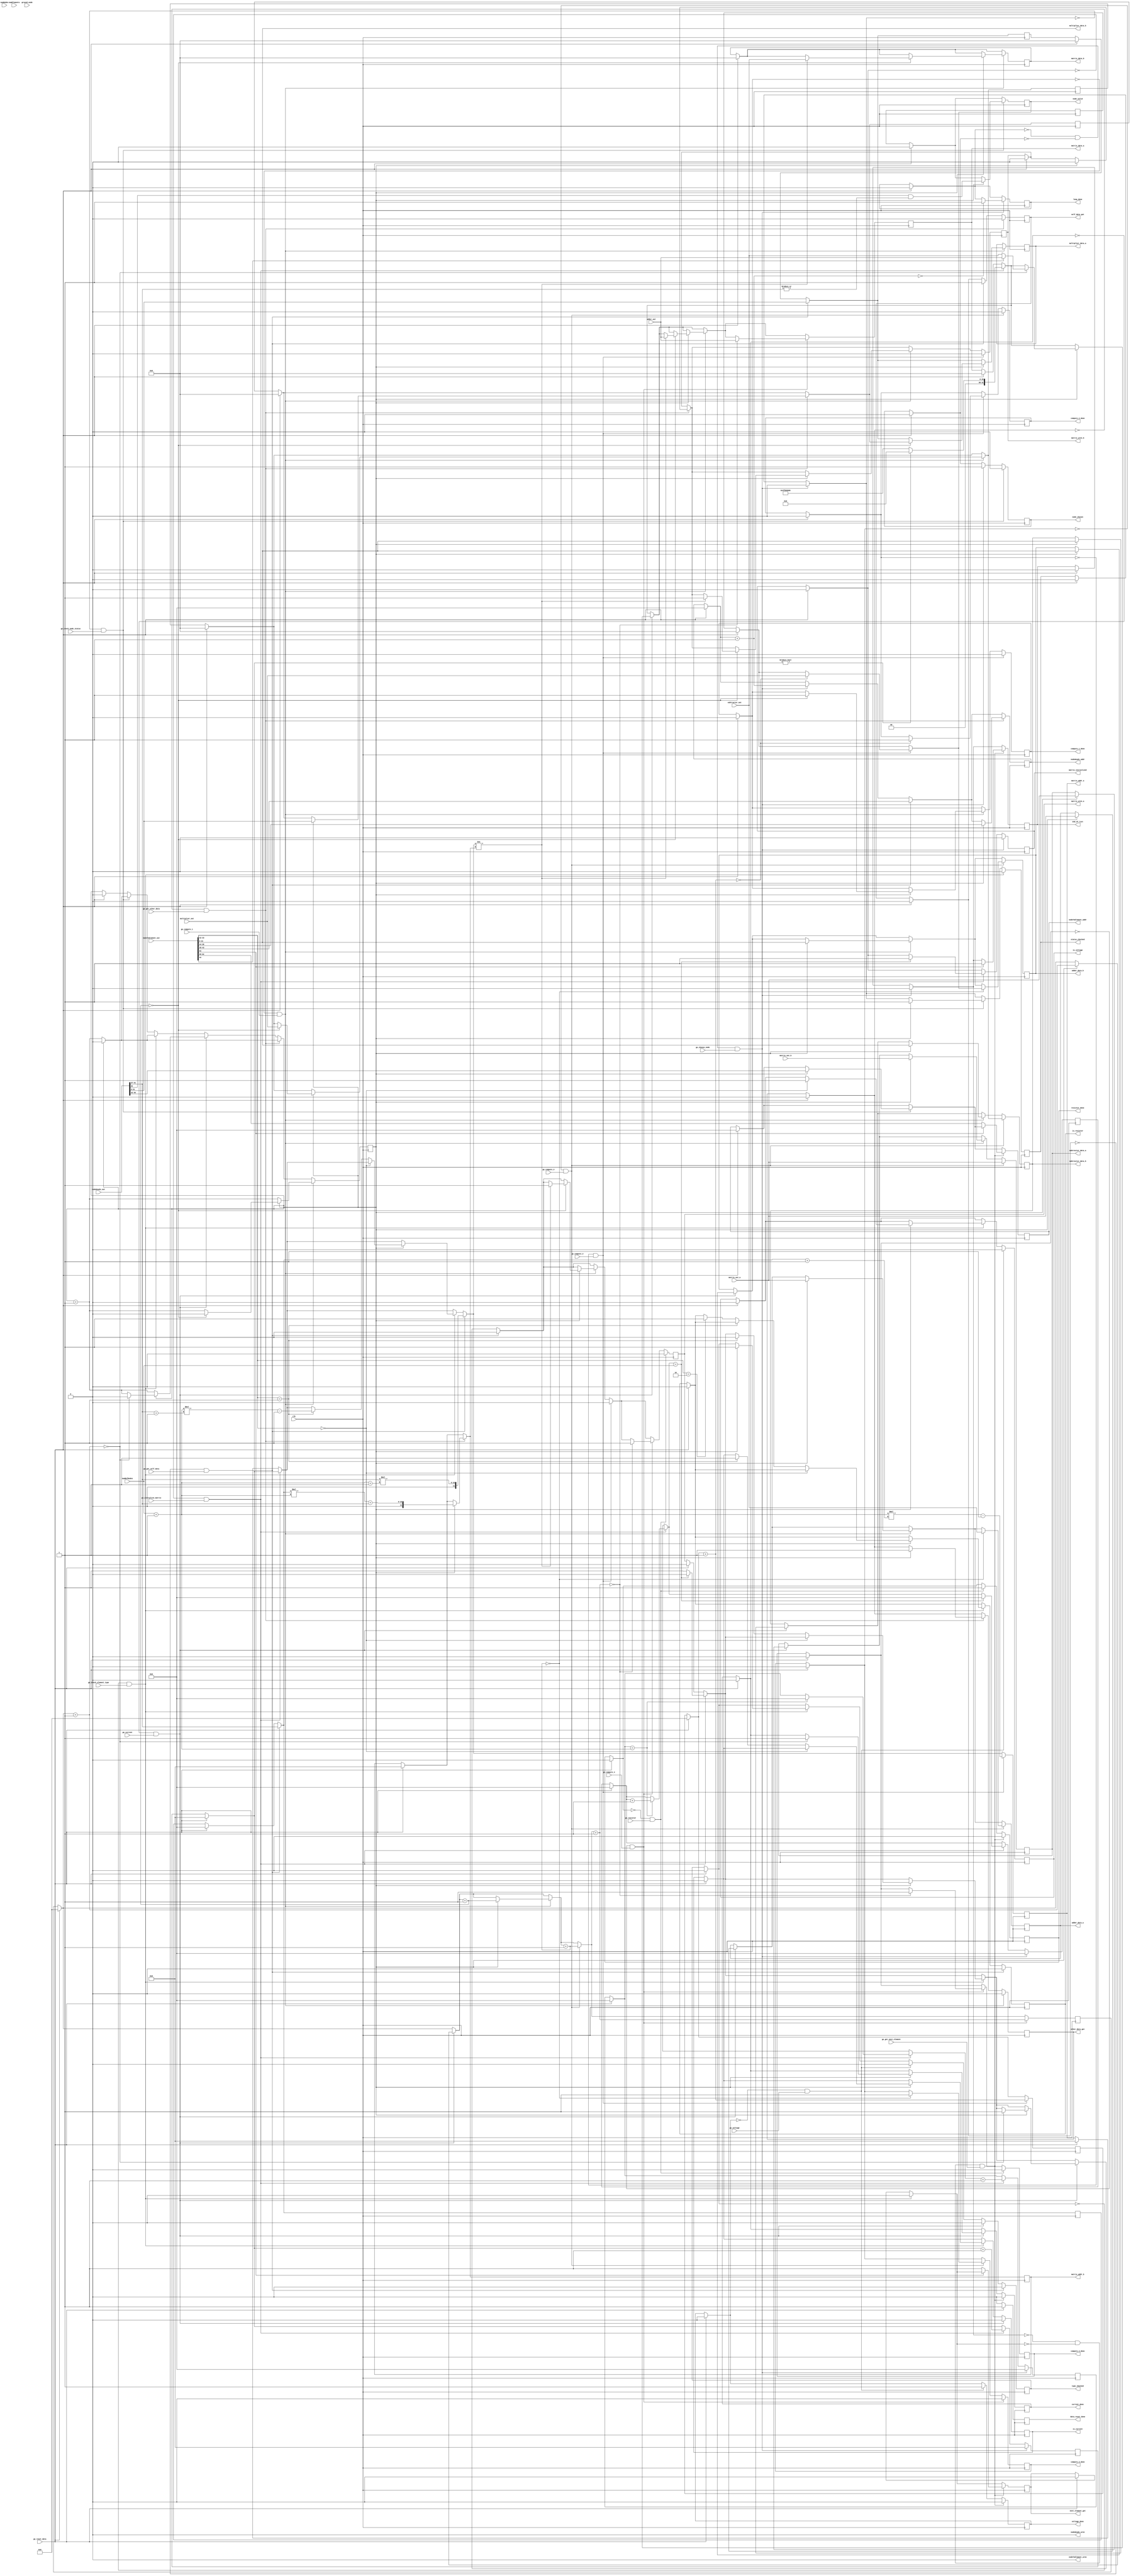
module generateEquations_datapath(
		// FPGA inputs
		input clk,
		
		// Input handshakes
		input go_reset_data, go_initialize_matrix, go_choose_node, go_check_node_status, go_check_element_type, go_voltage, go_current, go_resistor,
		input go_get_self_data, go_get_other_data, go_compute_1, go_compute_2, go_compute_3, go_compute_4, go_get_next_element,
		
		// Output hanshakes
		output reg data_reset_done, matrix_initialized, loop_done, node_chosen, status_checked, node_valid, type_checked, self_data_got, other_data_got,
		output reg is_voltage, is_current, is_resistor, voltage_done, current_done, resistor_done,
		output reg compute_1_done, compute_2_done, compute_3_done, compute_4_done, next_element_got, end_of_list,
	
		// nodeHeads RAM
		output reg [4:0] nodeHeads_addr,
		output nodeHeads_wren,
		input [63:0] nodeHeads_out,
		
		// nodeToElement RAM
		output [4:0] nodeToElement_addr,
		output nodeToElement_wren,
		input [63:0] nodeToElement_out,
		
		// float_matrix RAM
		output reg [11:0] matrix_addr_a, matrix_addr_b, 
		output reg [31:0] matrix_data_a, matrix_data_b,
		output reg matrix_wren_a, matrix_wren_b,
		input [31:0] matrix_out_a, matrix_out_b,
		
		// adder
		output reg [31:0] adder_data_a,
		output reg [31:0] adder_data_b,
		input [31:0] adder_out,
		
		// subtractor
		output reg [31:0] subtractor_data_a,
		output reg [31:0] subtractor_data_b,
		input [31:0] subtractor_out,
		
		// multiplier
		output reg [31:0] multiplier_data_a,
		output [31:0] multiplier_data_b,
		input [31:0] multiplier_out,
		
		// Misc
		input [4:0] numElements,
		input [4:0] numNodes,
		input [4:0] ground_node,
		input [4:0] numRefNodes
		
	);
	
	assign nodeHeads_wren = 0;
	assign nodeToElement_wren = 0;
	
	// Matrix Dimensions
	wire [4:0] numColumns, numRows;
	assign numColumns = numRefNodes + 1;
	assign numRows = numRefNodes;
	
	// Initialization counters
	reg [4:0] x_counter, y_counter;
	reg [11:0] pos_counter;
	
	// Countdown timer for add_sub circuits
	reg [3:0] add_sub_cd;
	
	// Countdown timer for multiplier circuits
	reg [3:0] multiply_cd;
	
	// The address of the current element in the nodeToElement list
	reg [4:0] curr_search_addr;
	assign nodeToElement_addr = curr_search_addr;	
	
	// The address of the next element in the nodeToElement list
	wire [4:0] next_search_addr;
	assign next_search_addr = nodeToElement_out[62:58];
	
	// The type of the current element
	wire [1:0] element_type;
	assign element_type = nodeToElement_out[33:32];
	
	// The value of the current element
	wire [31:0] element_value;
	assign element_value = nodeToElement_out[31:0];
	assign multiplier_data_b = element_value;
	
	// The voltage difference of the current node
	wire [31:0] volt_diff;
	assign volt_diff = nodeHeads_out[31:0];
	
	reg [31:0] self_volt_diff, other_volt_diff;
	
	// The equation index of the current node
	wire [4:0] eqn_index;
	assign eqn_index = nodeHeads_out[41:37];
	
	reg [4:0] self_eqn_index, other_eqn_index;
	
	// VOLT_DIFF / RESISTANCE
	reg [31:0] self_curr_offset, other_curr_offset;
	
	// Propogation delay control
	reg ram_delay;
	
	always @(posedge clk) begin: datapath
		
		if (go_reset_data) begin
			matrix_initialized = 0;
			node_chosen = 0;
			loop_done = 0;
			status_checked = 0;
			node_valid = 0;
			type_checked = 0;
			self_data_got = 0;
			other_data_got = 0;
			compute_1_done = 0;
			compute_2_done = 0;
			compute_3_done = 0;
			compute_4_done = 0;
			next_element_got = 0;
			end_of_list = 0;
			
			is_voltage = 0;
			is_current = 0;
			is_resistor = 0;
			voltage_done = 0;
			current_done = 0;
			resistor_done = 0;
			
			/******************/
			curr_search_addr = 0;
			self_volt_diff = 0;
			other_volt_diff = 0;
			self_eqn_index = 0;
			other_eqn_index = 0;
			self_curr_offset = 0;
			other_curr_offset = 0;
			
			// RAMS
			nodeHeads_addr = 0;
			
			// Matrix
			matrix_addr_a = 0;
			matrix_addr_b = 0;
			matrix_data_a = 0;
			matrix_data_b = 0;
			matrix_wren_a = 0;
			matrix_wren_b = 0;
			
			// Counter signals
			x_counter = 0;
			y_counter = 0;
			pos_counter = 0;
			add_sub_cd = 0;
			multiply_cd = 0;
			ram_delay <= 0;
			
			data_reset_done = 1;
		end
		else begin
			data_reset_done = 0;
		end
		
		if (~matrix_initialized & go_initialize_matrix) begin
			matrix_addr_a = pos_counter;
			matrix_data_a = pos_counter ? 0 : 32'b00111111100000000000000000000000;
			matrix_wren_a = 1;
			
			if (x_counter == numColumns) begin
				x_counter = 0;
				y_counter = y_counter + 1;
			end
			
			if (y_counter == numRows) begin
				y_counter = 0;
				matrix_wren_a = 0;
				matrix_initialized = 1;
			end
			
			pos_counter = pos_counter + 1;
			x_counter = x_counter + 1;
		end
		
		if (~loop_done & ~node_chosen & go_choose_node) begin
			matrix_initialized = 0;
			x_counter = 0;
			y_counter = 0;
			pos_counter = 0;
			
			status_checked = 0;
			end_of_list = 0;
			
			nodeHeads_addr = nodeHeads_addr + 1;
			node_chosen = 1;
			
			if (!nodeHeads_addr) begin
				loop_done = 1;
			end
				
		end
		
		// CHECK_NODE_STATUS
		if (~status_checked & go_check_node_status) begin
			node_chosen = 0;
			
			ram_delay <= ram_delay + 1;
			if (&ram_delay) begin
				node_valid = nodeHeads_out[63] & (|eqn_index); // Skip all nodes related to the ground node
				curr_search_addr = nodeHeads_out[46:42];
				
				status_checked = 1;
				ram_delay <= 0;
			end
		end
		
		// CHECK_ELEMENT_TYPE
		if (~type_checked & go_check_element_type) begin
			status_checked = 0;
			next_element_got = 0;
			
			ram_delay <= ram_delay + 1;
			if (&ram_delay) begin
				if (element_type == 2'b00) begin
					is_voltage = 1;
				end
					
				else if (element_type == 2'b01) begin
					is_current = 1;
					matrix_addr_a = numColumns * (eqn_index + 1) - 1; // The position of the constant vector
					matrix_wren_a = 0;
				end
				
				else if (element_type == 2'b10) begin
					is_resistor = 1;
				end
				
				type_checked = 1;
				ram_delay <= 0;
			end
		end
		
		if (~voltage_done & go_voltage) begin
			type_checked = 0;
			is_voltage = 0;
			voltage_done = 1;
		end
		
		if (~current_done & go_current) begin
			type_checked = 0;
			is_current = 0;
			ram_delay <= ram_delay + 1;
			
			if (&ram_delay) begin
				adder_data_a = matrix_out_a;
				adder_data_b = element_value;
				subtractor_data_a = matrix_out_a;
				subtractor_data_b = element_value;
			
				add_sub_cd = add_sub_cd + 1;
				if (!add_sub_cd) begin
					matrix_data_a = nodeToElement_out[44] ? adder_out : subtractor_out;
					matrix_wren_a = 1;
					current_done = 1;
					ram_delay <= 0;
				end
			end
			
		end
		
		if (~self_data_got & go_get_self_data) begin
			type_checked = 0;
			is_resistor = 0;
			
			self_volt_diff = volt_diff;
			self_eqn_index = eqn_index;
			
			matrix_addr_a = self_eqn_index * (numColumns + 1); // Self's coefficient position
			matrix_wren_a = 0;
			
			nodeHeads_addr = nodeToElement_out[43:39];
			
			self_data_got = 1;
		end
		
		if (~other_data_got & go_get_other_data) begin
			self_data_got = 0;
			ram_delay <= ram_delay + 1;
			
			if (&ram_delay) begin
				other_volt_diff = volt_diff;
				other_eqn_index = eqn_index;
				
				matrix_addr_b = self_eqn_index * numColumns + other_eqn_index; // The other node's coefficient position
				matrix_wren_b = 0;
				
				nodeHeads_addr = nodeToElement_out[38:34];
				
				other_data_got = 1;
				ram_delay <= 0;
			end
		end
		
		if (~compute_1_done & go_compute_1) begin
			other_data_got = 0;
			ram_delay <= ram_delay + 1;
			
			//pipeline
			multiplier_data_a = self_volt_diff;
			
			if (&ram_delay) begin
				// The results for pure conductance addition
				adder_data_a = matrix_out_a;
				adder_data_b = element_value;
				subtractor_data_a = matrix_out_b;
				subtractor_data_b = element_value;
				
				add_sub_cd = add_sub_cd + 1;
				if (!add_sub_cd) begin
					self_curr_offset = multiplier_out;
					multiplier_data_a = other_volt_diff;
					
					if (matrix_addr_a != matrix_addr_b) begin
						matrix_data_a = adder_out;
						matrix_wren_a = 1;
						matrix_data_b = subtractor_out;
						matrix_wren_b = 1;
					end
					
					ram_delay <= 0;
					compute_1_done = 1;
				end
			end
		
		end
		
		if (~compute_2_done & go_compute_2) begin
			compute_1_done = 0;
			matrix_wren_a = 0;
			matrix_wren_b = 0;
			matrix_addr_a = numColumns * (self_eqn_index + 1) - 1; // The position of the constant vector
			
			multiply_cd = multiply_cd + 1;
			if (!multiply_cd) begin
				other_curr_offset = multiplier_out;
				compute_2_done = 1;
			end
			
		end
		
		if (~compute_3_done & go_compute_3) begin
			compute_2_done = 0;
			subtractor_data_a = matrix_out_a;
			subtractor_data_b = self_curr_offset;
			
			add_sub_cd = add_sub_cd + 1;
			if (!add_sub_cd) begin
				adder_data_a = subtractor_out;
				adder_data_b = other_curr_offset;
				compute_3_done = 1;
			end
		end
		
		if (~compute_4_done & go_compute_4) begin
			compute_3_done = 0;
			add_sub_cd = add_sub_cd + 1;
			if (!add_sub_cd) begin
				matrix_data_a = adder_out;
				matrix_wren_a = 1;
				compute_4_done = 1;
			end
		end
		
		if (~resistor_done & go_resistor) begin
			compute_4_done = 0;
			matrix_wren_a = 0;
			resistor_done = 1;
		end
		
		if (~end_of_list & ~next_element_got & go_get_next_element) begin
			voltage_done = 0;
			current_done = 0;
			resistor_done = 0;
			
			if (nodeToElement_out[63]) begin
				end_of_list = 1;
			end
			
			else begin
				curr_search_addr = next_search_addr;
				next_element_got = 1;
			end
			
		end
		
		
	end
	
endmodule